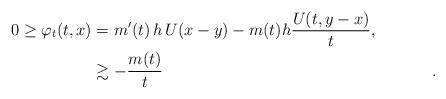
LaTeX: \begin{align*} 0 \geq \varphi_t(t,x) &= m'(t) \, h \, U(x-y) - m(t) h \frac{U(t,y-x)} t, \\ &\gtrsim -\frac {m(t)} t && .\end{align*}